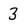
Character: 3